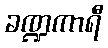
ခဏ္ဍကာရီ